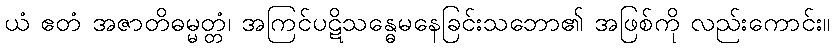
ယံ ဧတံ အဇာတိဓမ္မတ္တံ၊ အကြင်ပဋိသန္ဓေမနေခြင်းသဘော၏ အဖြစ်ကို လည်းကောင်း။